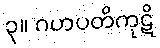
၃။ ဂဟပတိကုဋိ